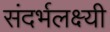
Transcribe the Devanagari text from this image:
संदर्भलक्ष्यी